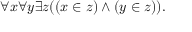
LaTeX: \forall x \forall y \exists z ( ( x \in z ) \land ( y \in z ) ) .